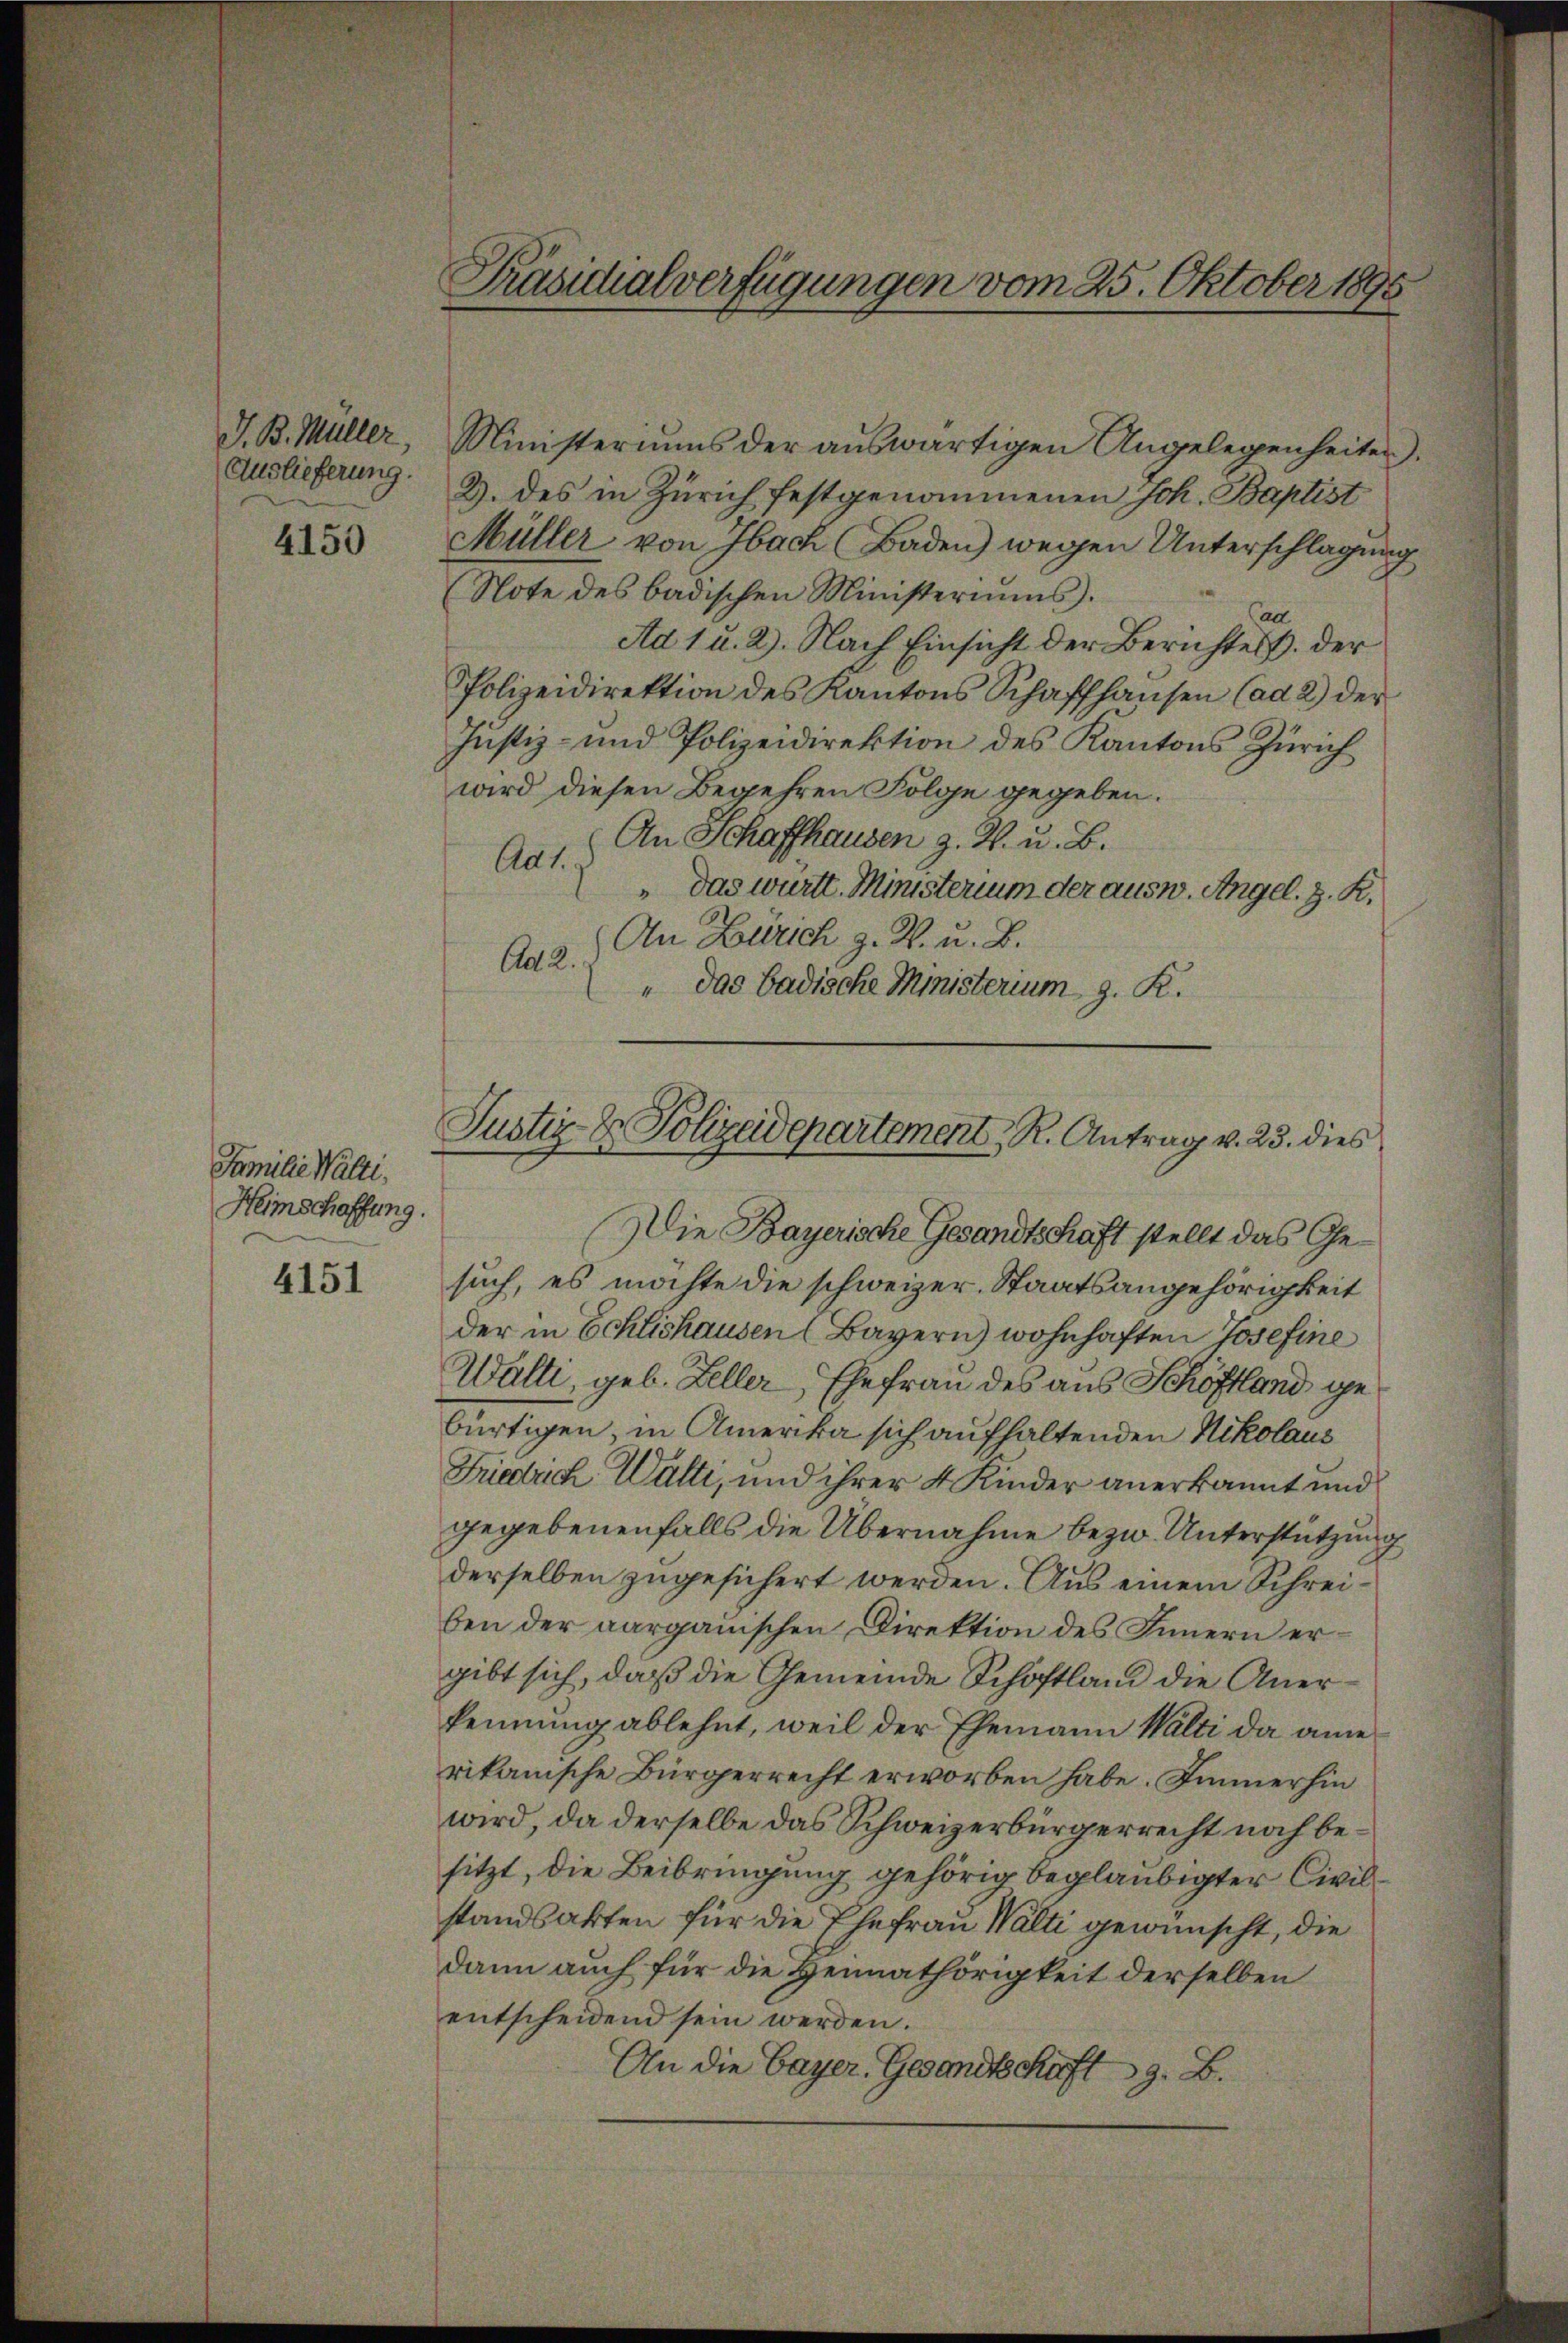
J. B. Müller,
Auslieferung.

4150

Familie Walti.
Heimschaffung.

4151

Ministeriums der auswärtigen Angelegenheiten).
2. des in Zürich festgenommenen Joh. Baptist
Müller von Ibach Baden) wegen Unterschlagung
Note des badischen Ministeriums.
Cad
Ad 1 u. 2). Nach Einsicht der Berichtes. der
Polizeidirektion des Kantons Schaffhausen (ad 2) der
Justiz- und Polizeidirektion des Kantons Zürich
wird diesen Begehren Folge gegeben.
An Schaffhausen z. B. u. B.
Aat.
"das württ. Ministerium der ausw. Angel. z. R.
An Zürich z. R. u. B.
Ad 2.
" das badische Ministerium d. R.

Präsidialverfügungen vom 25. Oktober 1895

Justiz- & Polizeidepartement R. Antrag v. 23. dies
Die Bayerische Gesandtschaft stellt das Ge¬

such, es möchte die schweizer. Staatsangehörigkeit
der in Schlishausen (Bayern) wohnhaften Josefine
Wälte, geb. Zeller, Ehefrau des aus Schöffland gebürtigen, in Amerika sich aufhaltenden Nikolaus
Friedrich Walte, und ihrer 4 Kinder anerkannt und
gegebenenfalls die Übernahme bezw. Unterstützung
derselben zugesichert werden. Aus einem Schreiben der aarganischen Direktion des Innern ergibt sich, daß die Gemeinde Schöftland die Anerkennung ablehnt, weil der Ehemann Walti da amerikanische Bürgerrecht erworben habe. Immerhin
wird, da derselbe das Schweizerbürgerrecht noch besitzt, die Beibringung gehörig beglaubigter Civilstandsakten für die Ehefrau Walti gewünscht, die
dann auch für die Heimathörigkeit derselben
entscheidend sein werden.
An die Bayer. Gesandtschaft z. B.